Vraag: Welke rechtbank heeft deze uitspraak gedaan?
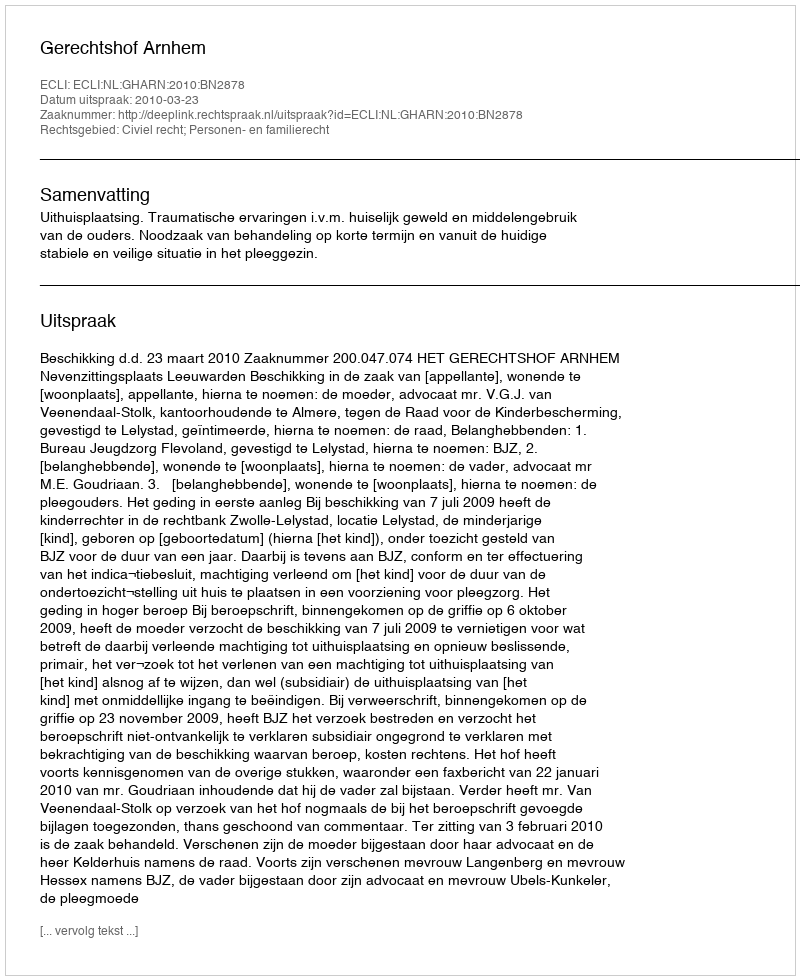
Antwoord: Gerechtshof Arnhem